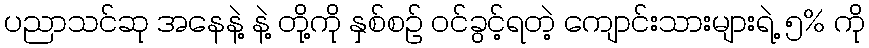
ပညာသင်ဆု အနေနဲ့ နဲ့ တို့ကို နှစ်စဉ် ဝင်ခွင့်ရတဲ့ ကျောင်းသားများရဲ့ ၅% ကို